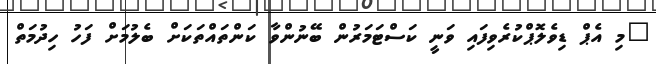
"މި އެޕް ޑިވެލޮޕްކުރެވިފައި ވަނީ ކަސްޓަމަރުން ބޭނުންވާ ކަންތައްތަކަށް ބެލުމަށް ފަހު ހިދުމަތް